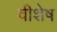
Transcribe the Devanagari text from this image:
वीशेष